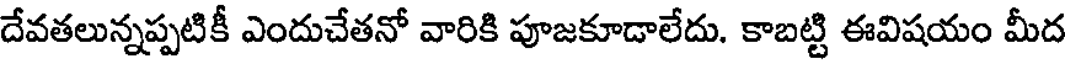
దేవతలున్నప్పటికీ ఎందుచేతనో వారికి పూజకూడాలేదు. కాబట్టి ఈవిషయం మీద